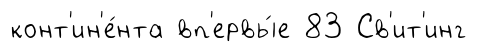
конт'ин'е́нта вп'ервы́е 83 Св'ит'инг